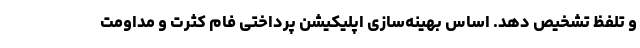
و تلفظ تشخیص دهد. اساس بهینه‌سازی اپلیکیشن پرداختی فام کثرت و مداومت